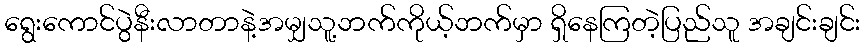
ရွေးကောင်ပွဲနီးလာတာနဲ့အမျှသူ့ဘက်ကိုယ့်ဘက်မှာ ရှိနေကြတဲ့ပြည်သူ အချင်းချင်း